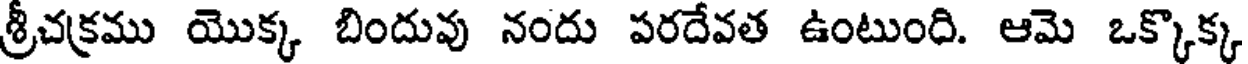
శ్రీచక్రము యొక్క బిందువు నందు పరదేవత ఉంటుంది. ఆమె ఒక్కొక్క